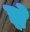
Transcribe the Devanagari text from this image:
झ़े